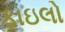
ફાઇલો